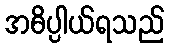
အဓိပ္ပါယ်ရသည်